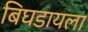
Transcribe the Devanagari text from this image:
बिघडायला